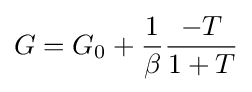
G=G_{0}+{\frac {1}{\beta }}{\frac {-T}{1+T}}